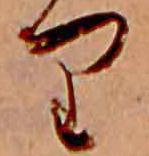
り